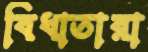
বিধাতারা